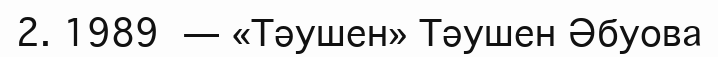
2. 1989 — «Тәушен» Тәушен Әбуова